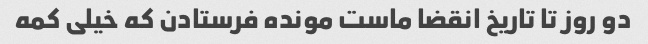
دو روز تا تاریخ انقضا ماست مونده فرستادن که خیلی کمه